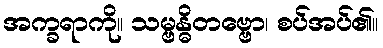
အက္ခရာကို။ သမ္ဗန္ဓိတဗ္ဗော၊ စပ်အပ်၏။